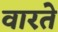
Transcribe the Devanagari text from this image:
वारते